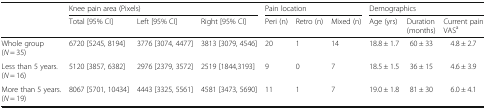
<table><thead><tr><td rowspan="2"></td><td colspan="3"><b>Knee pain area (Pixels)</b></td><td colspan="3"><b>Pain location</b></td><td colspan="3"><b>Demographics</b></td></tr><tr><td><b>Total [95% CI]</b></td><td><b>Left [95% CI]</b></td><td><b>Right [95% CI]</b></td><td><b>Peri (n)</b></td><td><b>Retro (n)</b></td><td><b>Mixed (n)</b></td><td><b>Age (yrs)</b></td><td><b>Duration (months)</b></td><td><b>Current pain VAS<sup>a</sup></b></td></tr></thead><tbody><tr><td>Whole group (<i>N</i> = 35)</td><td>6720 [5245, 8194]</td><td>3776 [3074, 4477]</td><td>3813 [3079, 4546]</td><td>20</td><td>1</td><td>14</td><td>18.8 ± 1.7</td><td>60 ± 33</td><td>4.8 ± 2.7</td></tr><tr><td>Less than 5 years. (<i>N</i> = 16)</td><td>5120 [3857, 6382]</td><td>2976 [2379, 3572]</td><td>2519 [1844,3193]</td><td>9</td><td>0</td><td>7</td><td>18.5 ± 1.5</td><td>36 ± 15</td><td>4.6 ± 3.9</td></tr><tr><td>More than 5 years. (<i>N</i> = 19)</td><td>8067 [5701, 10434]</td><td>4443 [3325, 5561]</td><td>4581 [3473, 5690]</td><td>11</td><td>1</td><td>7</td><td>19.0 ± 1.8</td><td>81 ± 30</td><td>6.0 ± 4.1</td></tr></tbody></table>